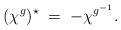
\begin{align*}(\chi^g)^\star \; = \; - \chi^{g^{-1}}.\end{align*}